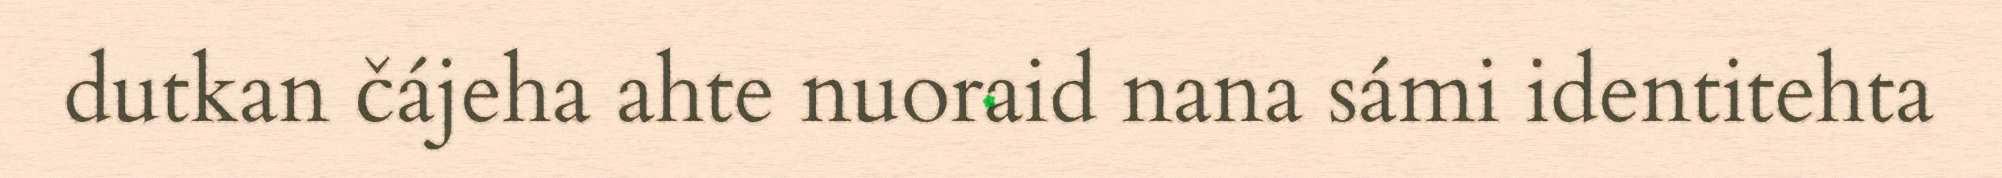
dutkan čájeha ahte nuoraid nana sámi identitehta